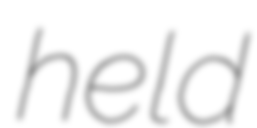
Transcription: held